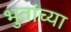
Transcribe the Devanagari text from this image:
भुतांच्या